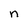
Character: n